Problem: 5 + 31 = ?
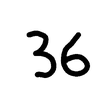
Handwritten answer: 36